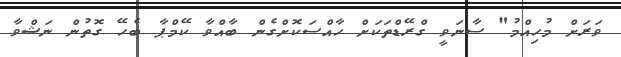
ވަރަށް މުހިއްމު" ސާނަވީ ގްރޭޑްތަކަށް ހާއްސަކޮށްގެން ބާއްވާ ކޭމްޕާ ބެހޭ ގޮތުން ނަޝްވާ